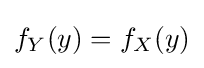
f_{Y}(y)=f_{X}(y)